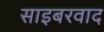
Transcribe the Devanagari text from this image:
साइबरवाद